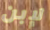
لإبن